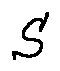
S